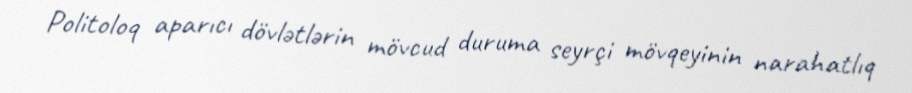
Politoloq aparıcı dövlətlərin mövcud duruma seyrçi mövqeyinin narahatlıq